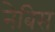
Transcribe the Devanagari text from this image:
नेबिस